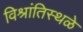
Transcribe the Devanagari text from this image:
विश्रांतिस्थळे